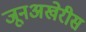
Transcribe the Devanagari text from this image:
जूनअखेरीस